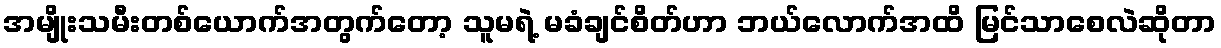
အမျိုးသမီးတစ်ယောက်အတွက်တော့ သူမရဲ့ မခံချင်စိတ်ဟာ ဘယ်လောက်အထိ မြင်သာစေလဲဆိုတာ